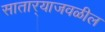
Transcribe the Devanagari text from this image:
सातार्‍याजवळील